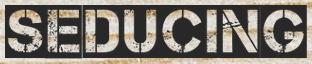
SEDUCING